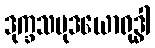
ဒုက္ခသမုဒယောရုဒ္ဓါ